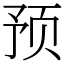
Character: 预